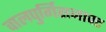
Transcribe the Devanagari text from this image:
वालपुर्गिसनाक्ट